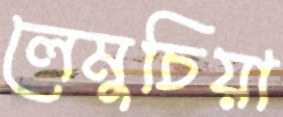
লেমুচিয়া